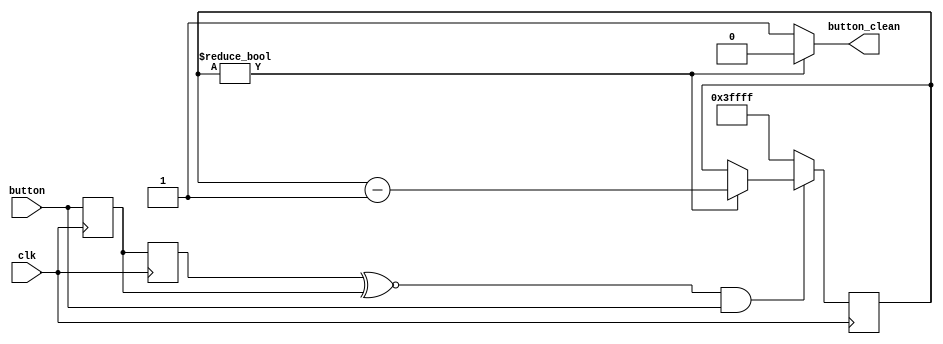
module clean_button_module(input button, input clk, output button_clean);
    reg temp, button_sync;
    reg [17:0] counter;

    //Sync
    always @(posedge clk) begin
        temp <= button;
    end

    always @(posedge clk) begin
        button_sync <= temp;
    end
    //End Sync

    //Anti-Bounce
    always @(posedge clk) begin
        //When every signal of the synchronozer is 1
        // then start counter
        if ((button_sync ~^ temp) & button) begin
            if (counter) begin
                counter <= counter - 1'b1;
            end
        end
        //Otherwise reset counter.
        else begin
            counter <= 18'hFFFFF;
        end
    end
    
    assign button_clean = counter ? 1'b0 : 1'b1;
    //End Anti-Bounce
endmodule